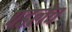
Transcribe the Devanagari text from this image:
पडलेच